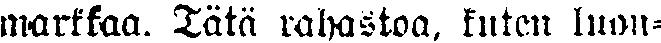
markkaa. Tätä rahastoa, kuten luon-